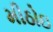
મીઠોઇ